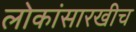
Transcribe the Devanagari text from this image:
लोकांसारखीच